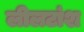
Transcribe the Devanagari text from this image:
लीलटांश